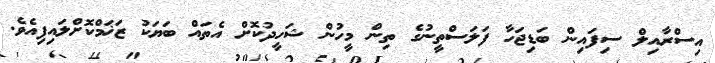
އިސްރާއިލް ސިފައިން ބަޑިޖަހާ ފަލަސްތީނުގެ ތިން މީހުން ޝަހީދުކޮށް އެތައް ބަޔަކު ޒަޚަމްކޮށްލައިފިއެވެ.